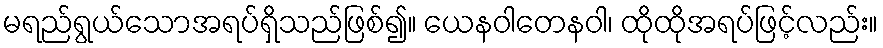
မရည်ရွယ်သောအရပ်ရှိသည်ဖြစ်၍။ ယေနဝါတေနဝါ၊ ထိုထိုအရပ်ဖြင့်လည်း။